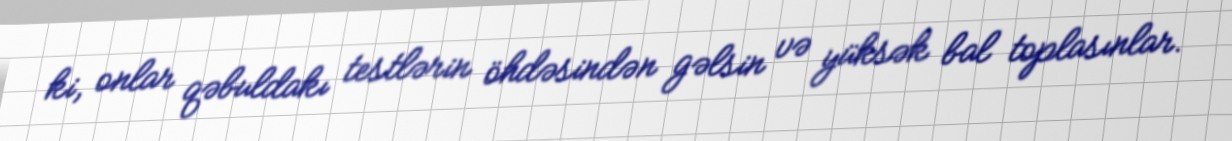
ki, onlar qəbuldakı testlərin öhdəsindən gəlsin və yüksək bal toplasınlar.